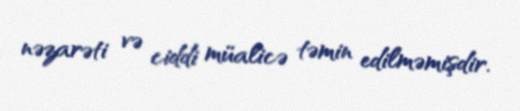
nəzarəti və ciddi müalicə təmin edilməmişdir.